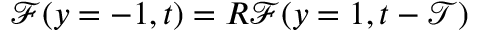
\mathcal { F } ( y = - 1 , t ) = R \mathcal { F } ( y = 1 , t - \mathcal { T } )